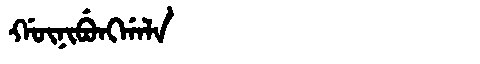
Manchu: ᡤᡡᠨᡳᠪᡠᠩᡤᠠᠯᠠ
Romanization: GŪNIBUNGGALA